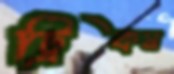
ট্রিকস